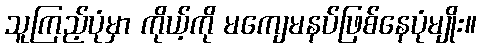
သူကြည့်ပုံမှာ ကိုယ့်ကို မကျေမနပ်ဖြစ်နေပုံမျိုး။